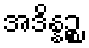
အဒိန္နဉ္စ